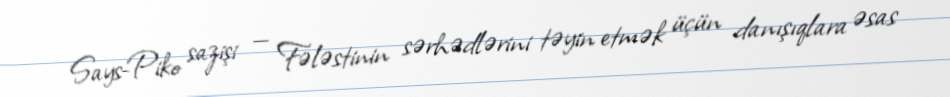
Says-Piko sazişi — Fələstinin sərhədlərini təyin etmək üçün danışıqlara əsas